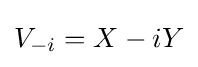
V_{-i}=X-iY